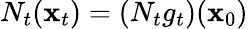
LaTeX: N_{t}({\mathbf{x}}_{t})=(N_{t}g_{t})({\mathbf{x}}_{0})